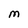
Character: M